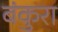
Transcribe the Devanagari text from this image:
बंकुरा